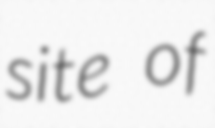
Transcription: site of